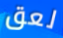
لعق